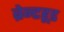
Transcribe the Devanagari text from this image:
ब्रेन्टहूड